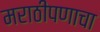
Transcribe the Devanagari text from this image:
मराठीपणाचा